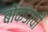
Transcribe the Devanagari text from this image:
बोकडाची